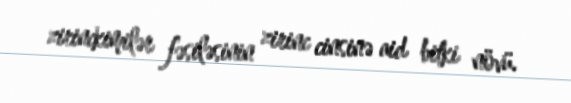
zirinckimilər fəsiləsinin zirinc cinsinə aid bitki növü.